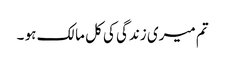
تم میری زندگی کی کل مالک ہو ۔